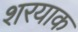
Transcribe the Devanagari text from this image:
शरयाक